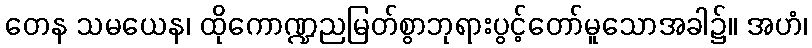
တေန သမယေန၊ ထိုကောဏ္ဍညမြတ်စွာဘုရားပွင့်တော်မူသောအခါ၌။ အဟံ၊